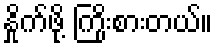
နှိုက်ဖို့ ကြိုးစားတယ်။